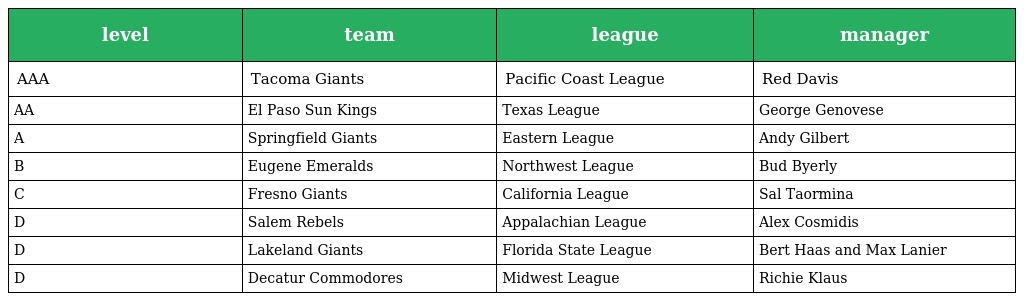
| level | team | league | manager |
 | --- | --- | --- | --- |
 | AAA | Tacoma Giants | Pacific Coast League | Red Davis |
 | AA | El Paso Sun Kings | Texas League | George Genovese |
 | A | Springfield Giants | Eastern League | Andy Gilbert |
 | B | Eugene Emeralds | Northwest League | Bud Byerly |
 | C | Fresno Giants | California League | Sal Taormina |
 | D | Salem Rebels | Appalachian League | Alex Cosmidis |
 | D | Lakeland Giants | Florida State League | Bert Haas and Max Lanier |
 | D | Decatur Commodores | Midwest League | Richie Klaus |